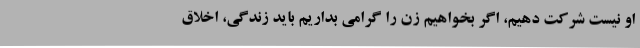
او نیست شرکت دهیم، اگر بخواهیم زن را گرامی بداریم باید زندگی، اخلاق